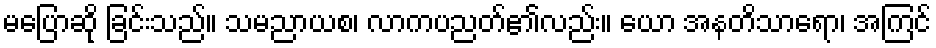
မပြောဆို ခြင်းသည်။ သမညာယစ၊ လာကပညတ်၏လည်း။ ယော အနတိသာရော၊ အကြင်